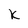
Character: k